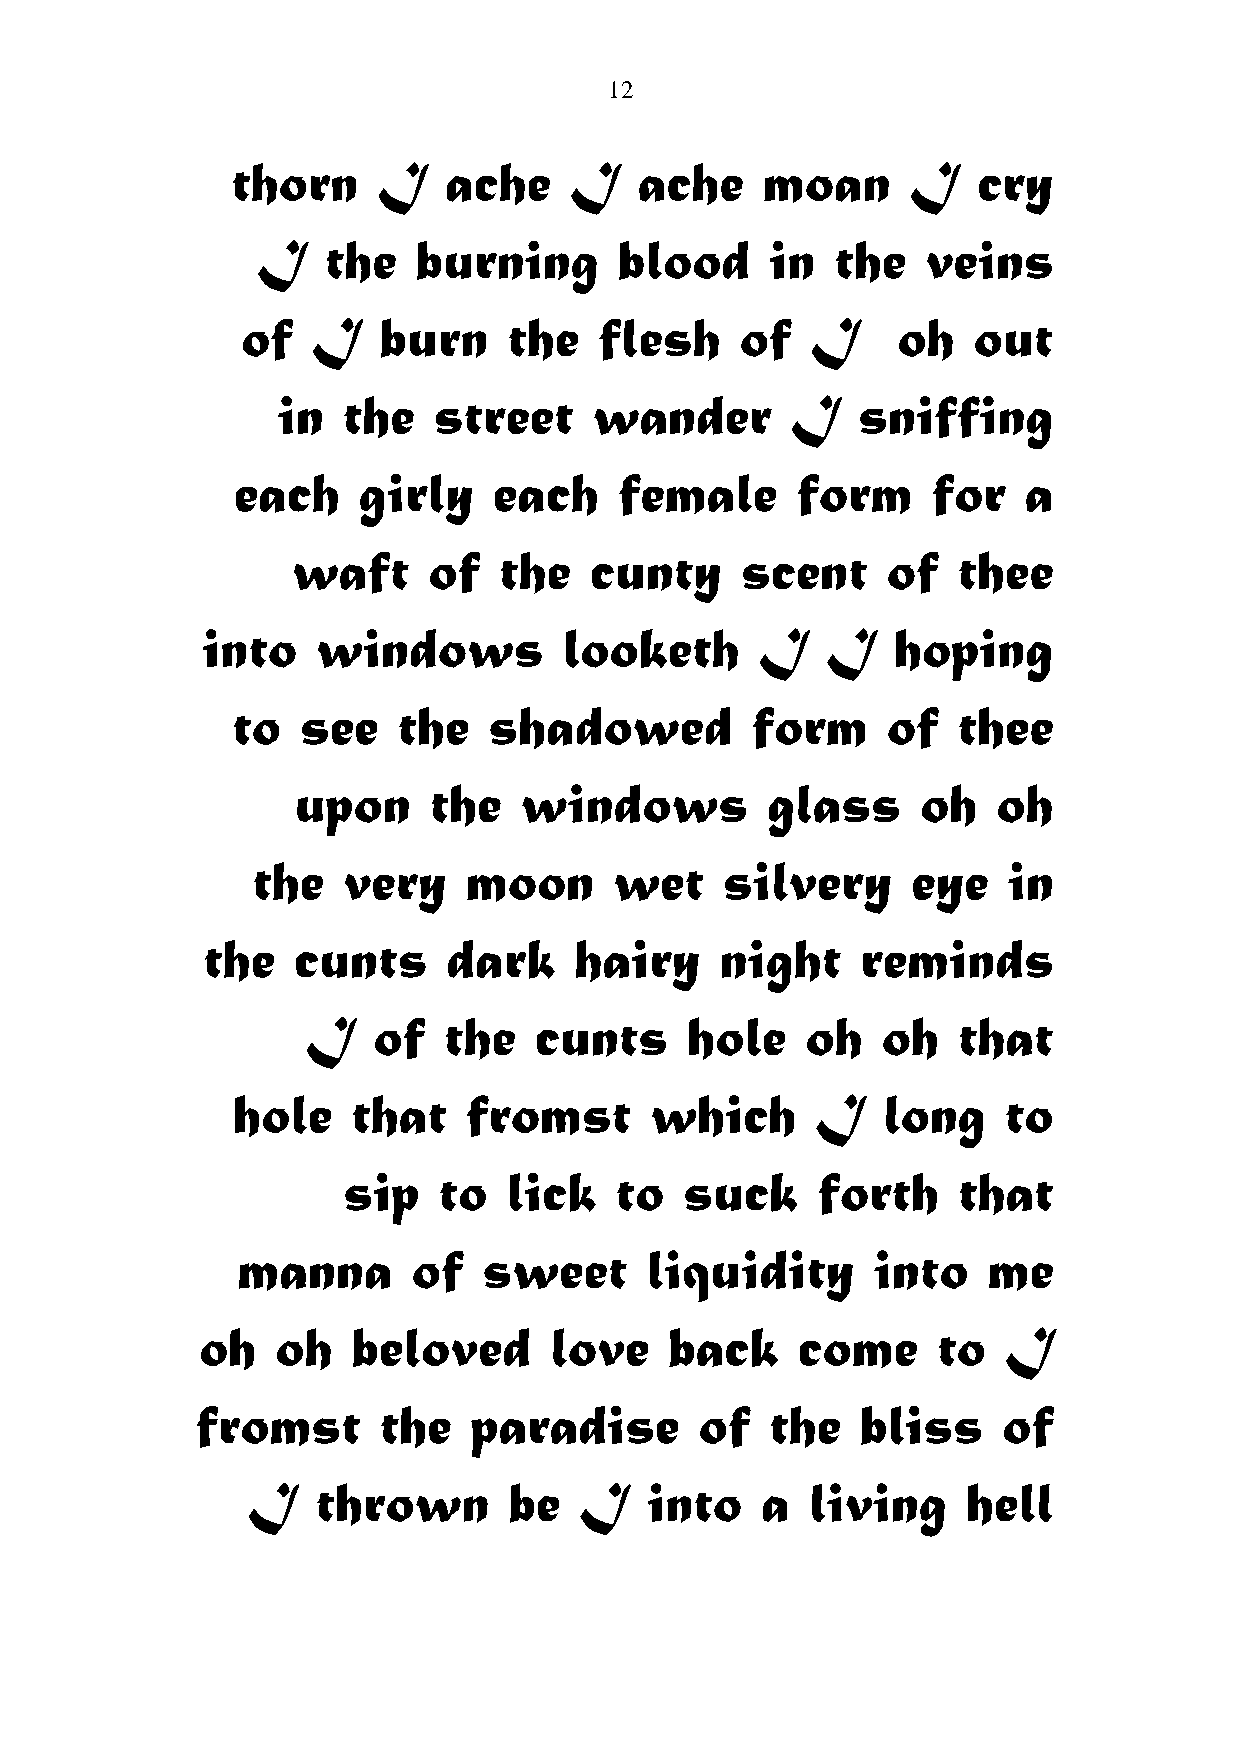
12
 thorn     I   ache     I   ache    moan      I    cry
 I   the    burning      blood     in  the   veins
 of   I   burn     the   flesh    of   I    oh   out
 in   the   street    wander       I    sniffing
 each     girly    each    female      form     for   a
 waft     of   the   cunty     scent     of  thee
 into    windows         looketh      I    I   hoping
 to   see   the   shadowed          form     of  thee
 upon     the   windows          glass     oh   oh
 the   very    moon      wet    silvery     eye    in
 the   cunts      dark    hairy     night    reminds
 I    of  the   cunts     hole    oh   oh   that
 hole    that    fromst      which      I   long    to
 sip   to  lick    to  suck     forth    that
 manna      of   sweet      liquidity      into   me
 oh   oh   beloved      love    back     come     to  I
 fromst      the   paradise       of   the   bliss    of
 I    thrown       be  I    into   a   living    hell